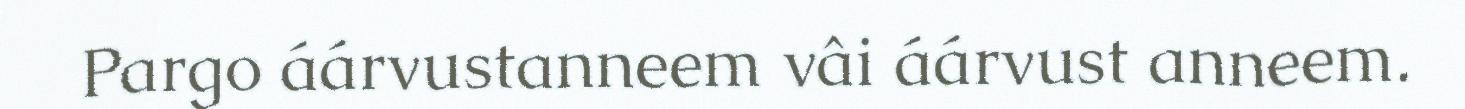
Pargo áárvustanneem vâi áárvust anneem.